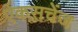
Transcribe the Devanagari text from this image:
ऐकसचेंज